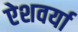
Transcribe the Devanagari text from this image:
ऐशवर्या